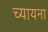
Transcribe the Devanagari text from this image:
च्यायना